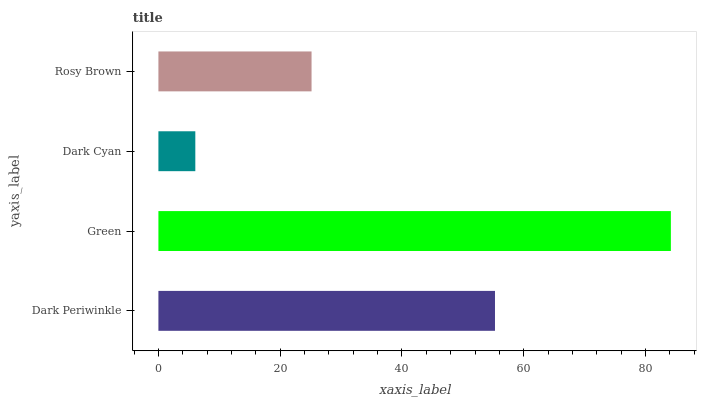
| yaxis_label | bars |
 | --- | --- |
 | Dark Periwinkle | 55.3 |
 | Green | 84.2 |
 | Dark Cyan | 6.06 |
 | Rosy Brown | 25.2 |